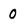
Character: 0